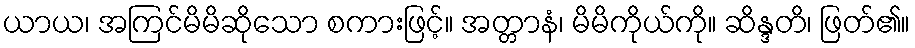
ယာယ၊ အကြင်မိမိဆိုသော စကားဖြင့်။ အတ္တာနံ၊ မိမိကိုယ်ကို။ ဆိန္ဒတိ၊ ဖြတ်၏။